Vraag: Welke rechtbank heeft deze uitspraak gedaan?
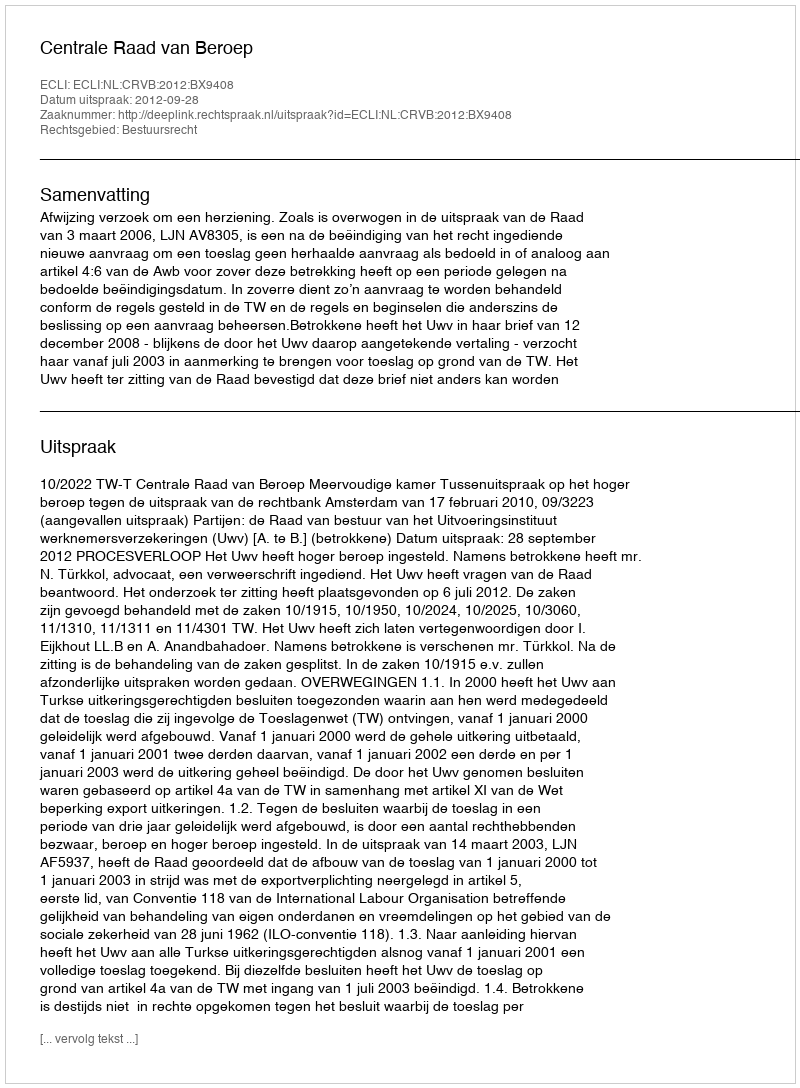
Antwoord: Centrale Raad van Beroep